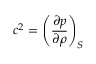
c ^ { 2 } = \left( { \frac { \partial p } { \partial \rho } } \right) _ { S }